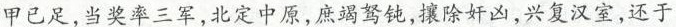
甲已足，当奖率三军，北定中原，庶竭驽钝，攘除奸凶，兴复汉室，还于